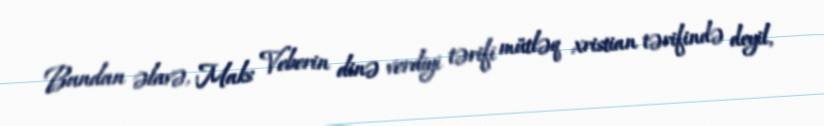
Bundan əlavə, Maks Veberin dinə verdiyi tərifi mütləq xristian tərifində deyil,